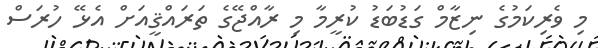
މި ވެރިކަމުގެ ނިޒާމް ގަޑުބަޑު ކުރީމާ މި ރާއްޖޭގެ ތަރައްޤީއަށް އެޅޭ ހުރަސް